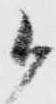
候